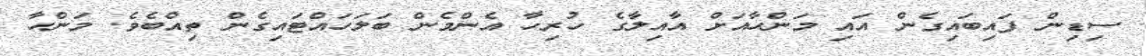
ސިޑިން ފައިބައިގެން އައި މަންހާއަށް އާއިލާގެ ހުރިހާ އެންމެން ބަލަހައްޓައިގެން ތިއްބެވެ. މަންހާ